Enquiry on enteric fever in India - Number 32
Disease focus: Fever
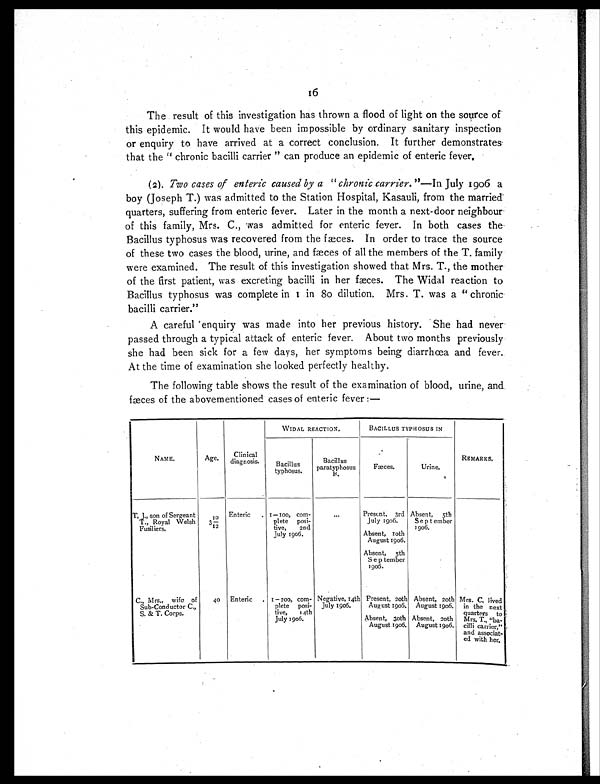
16
The result of this investigation has thrown a flood of light on the source of
this epidemic. It would have been impossible by ordinary sanitary inspection
or enquiry to have arrived at a correct conclusion. It further demonstrates
that the " chronic bacilli carrier " can produce an epidemic of enteric fever.
(2). Two cases of enteric caused by a " chronic carrier. " —In July 1906 a
boy (Joseph T.) was admitted to the Station Hospital, Kasauli, from the married
quarters, suffering from enteric fever. Later in the month a next-door neighbour
of this family, Mrs. C., was admitted for enteric fever. In both cases the
Bacillus typhosus was recovered from the fæces. In order to trace the source
of these two cases the blood, urine, and fæces of all the members of the T. family
were examined. The result of this investigation showed that Mrs. T., the mother
of the first patient, was excreting bacilli in her fæces. The Widal reaction to
Bacillus typhosus was complete in 1 in 80 dilution. Mrs. T. was a " chronic
bacilli carrier."
A careful enquiry was made into her previous history. She had never
passed through a typical attack of enteric fever. About two months previously
she had been sick for a few days, her symptoms being diarrhœa and fever.
At the time of examination she looked perfectly healthy.
The following table shows the result of the examination of blood, urine, and
fæces of the abovementioned cases of enteric fever :—
WIDAL REACTION.
BACILLUS TYPHOSUS IN
N A M E .
Age. Clinical
diagnosis.
Bacil
lus typhosus.
Bacillus
paratyphosus
B.
Fæces.
Urine.
REMARKS.
T. J., son of Sergeant
T. , Royal Welsh
Fusili ers.
3 1 0 / 1 2
Enteric
1—100, com-
plete posi-
tive, 2nd
July 1906.
. . .
Present, 3rd
July 1906.
Absent, 5th
September
1906.
Absent, 10th
August 1906.
Absent, 5th
September
1906.
C., Mrs., wife of
Sub-Conductor C.,
S. & T. Corps.
40 Enteric
1—200, com-
plete posi-
tive, 14th
July 1906.
Negative, 14th
July 1906.
Present, 20th
August 1906.
Absent, 20th
August 1906. Mrs. C. lived
in the next
quarters to
Mrs. T. "ba-
cilli carrier,"
and associat-
ed with her.
Absent, 30th
August 1906.
Absent, 20th
August 1906.